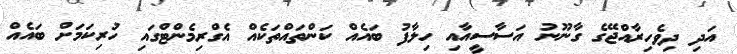
އަދި ދިވެހިރާއްޖޭގެ ގާނޫނު އަސާސީއާއި ހިލާފު ބައެއް ކަންތައްތަކެއް އެގްރިމެންޓްގައި ހުރިކަމަށް ބައެއް